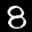
Label: 8